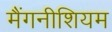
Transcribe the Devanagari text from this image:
मैंगनीशियम